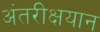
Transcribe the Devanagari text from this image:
अंतरीक्षयान